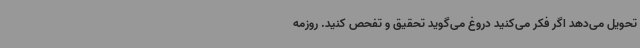
تحویل می‌دهد اگر فکر می‌کنید دروغ می‌گوید تحقیق و تفحص کنید. روزمه